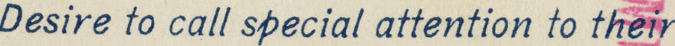
Desire to call special attention to their